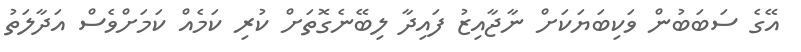
އޭގެ ސަބަބުން ވަކިބަޔަކަށް ނާޖާއިޒު ފައިދާ ލިބޭނެގޮތަށް ކުރި ކަމެއް ކަމަށްވެސް އަދާލަތު